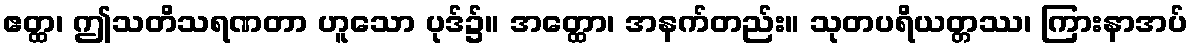
ဧတ္ထ၊ ဤသတိသရဏတာ ဟူသော ပုဒ်၌။ အတ္ထော၊ အနက်တည်း။ သုတပရိယတ္တဿ၊ ကြားနာအပ်